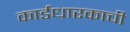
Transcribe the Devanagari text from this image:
कार्डधारकाची